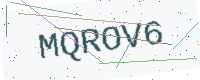
Text: MQROV6